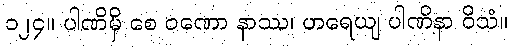
၁၂၄။ ပါဏိမှိ စေ ဝဏော နာဿ၊ ဟရေယျ ပါဏိနာ ဝိသံ။